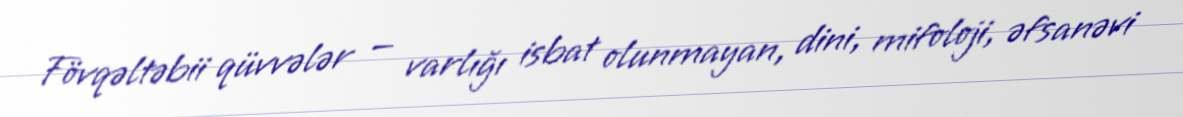
Fövqəltəbii qüvvələr — varlığı isbat olunmayan, dini, mifoloji, əfsanəvi